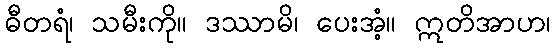
ဓီတရံ၊ သမီးကို။ ဒဿာမိ၊ ပေးအံ့။ ဣတိအာဟ၊